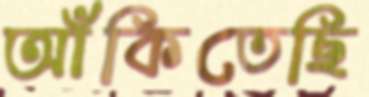
আঁকিতেছি